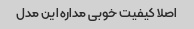
اصلا کیفیت خوبی مداره این مدل